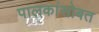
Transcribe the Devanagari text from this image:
पालकांसोबत